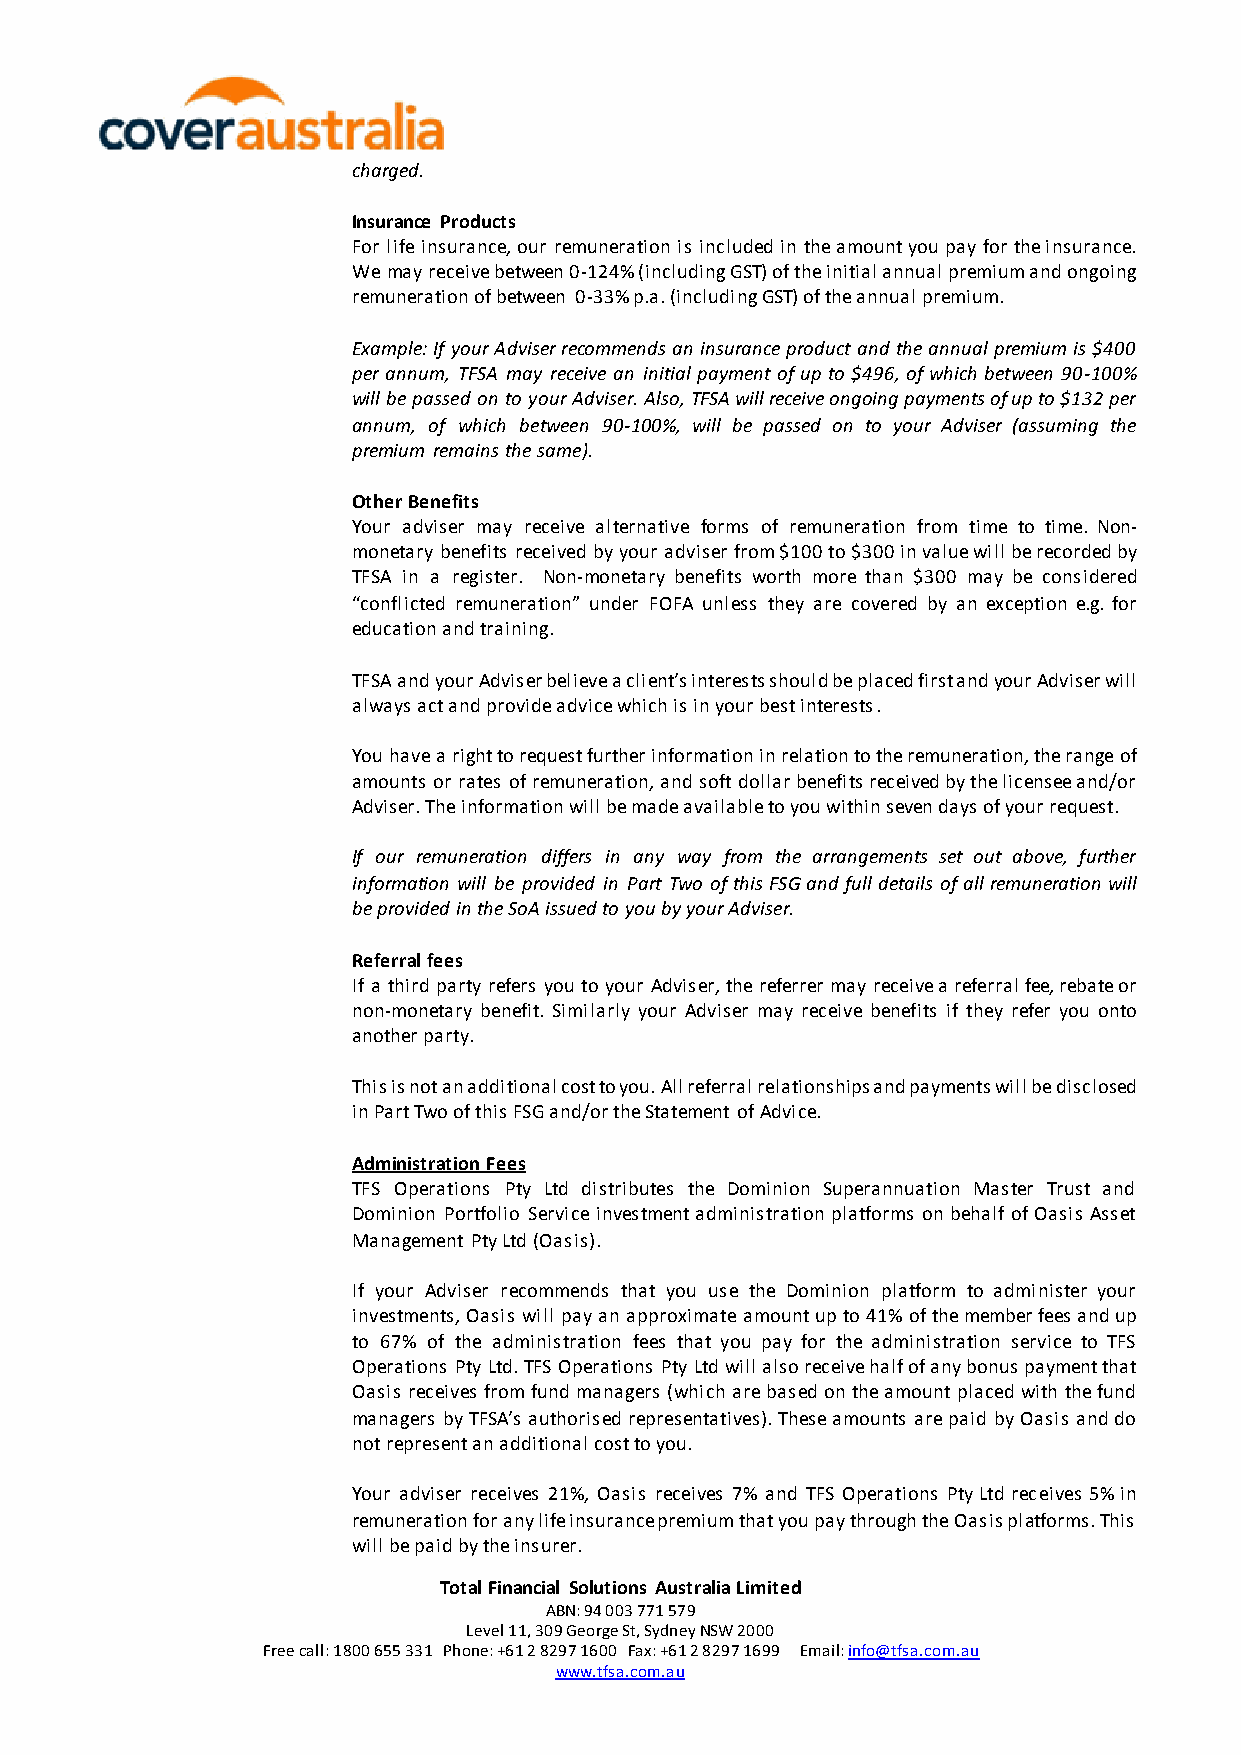
charged.
 Insurance Products
 For life insurance, our remuneration is included in the amount you pay for the insurance.
 We may receive between 0-124% (including GST) of the initial annual premium and ongoing
 remuneration of between 0-33% p.a. (including GST) of the annual premium.
 Example: If your Adviser recommends an insurance product and the annual premium is $400
 per annum, TFSA may receive an initial payment of up to $496, of which between 90-100%
 will be passed on to your Adviser. Also, TFSA will receive ongoing payments of up to $132 per
 annum, of which between 90-100%, will be passed on to your Adviser (assuming the
 premium remains the same).
 Other Benefits
 Your adviser may receive alternative forms of remuneration from time to time. Non-
 monetary benefits received by your adviser from $100 to $300 in value will be recorded by
 TFSA in a register. Non-monetary benefits worth more than $300 may be considered
 “conflicted remuneration” under FOFA unless they are covered by an exception e.g. for
 education and training.
 TFSA and your Adviser believe a client’s interests should be placed first and your Adviser will
 always act and provide advice which is in your best interests.
 You have a right to request further information in relation to the remuneration, the range of
 amounts or rates of remuneration, and soft dollar benefits received by the licensee and/or
 Adviser. The information will be made available to you within seven days of your request.
 If our remuneration differs in any way from the arrangements set out above, further
 information will be provided in Part Two of this FSG and full details of all remuneration will
 be provided in the SoA issued to you by your Adviser.
 Referral fees
 If a third party refers you to your Adviser, the referrer may receive a referral fee, rebate or
 non-monetary benefit. Similarly your Adviser may receive benefits if they refer you onto
 another party.
 This is not an additional cost to you. All referral relationships and payments will be disclosed
 in Part Two of this FSG and/or the Statement of Advice.
 Administration Fees
 TFS Operations Pty Ltd distributes the Dominion Superannuation Master Trust and
 Dominion Portfolio Service investment administration platforms on behalf of Oasis Asset
 Management Pty Ltd (Oasis).
 If your Adviser recommends that you use the Dominion platform to administer your
 investments, Oasis will pay an approximate amount up to 41% of the member fees and up
 to 67% of the administration fees that you pay for the administration service to TFS
 Operations Pty Ltd. TFS Operations Pty Ltd will also receive half of any bonus payment that
 Oasis receives from fund managers (which are based on the amount placed with the fund
 managers by TFSA’s authorised representatives). These amounts are paid by Oasis and do
 not represent an additional cost to you.
 Your adviser receives 21%, Oasis receives 7% and TFS Operations Pty Ltd receives 5% in
 remuneration for any life insurance premium that you pay through the Oasis platforms. This
 will be paid by the insurer.
 Total Financial Solutions Australia Limited
 ABN: 94 003 771 579
 Level 11, 309 George St, Sydney NSW 2000
 Free call: 1800 655 331 Phone: +61 2 8297 1600 Fax: +61 2 8297 1699 Email: info@tfsa.com.au
 www.tfsa.com.au